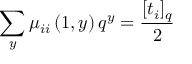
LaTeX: \sum _ { y } \mu _ { i i } \left( 1 , y \right) q ^ { y } = \frac { [ t _ { i } ] _ { q } } { 2 }